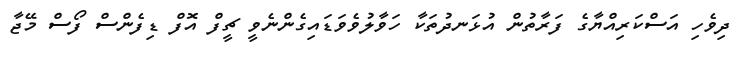
ދިވެހި އަސްކަރިއްޔާގެ ފަރާތުން އުޅަނދުތަކާ ހަވާލުވެވަޑައިގެންނެވީ ޗީފް އޮފް ޑިފެންސް ފޯސް މޭޖާ